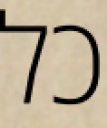
כל